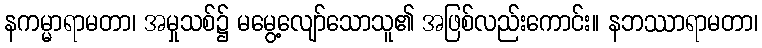
နကမ္မာရာမတာ၊ အမှုသစ်၌ မမွေ့လျော်သောသူ၏ အဖြစ်လည်းကောင်း။ နဘဿာရာမတာ၊